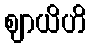
ဈာယိဟိ